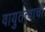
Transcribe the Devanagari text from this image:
वायुतत्वाची